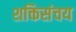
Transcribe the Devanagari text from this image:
शक्तिसंचय